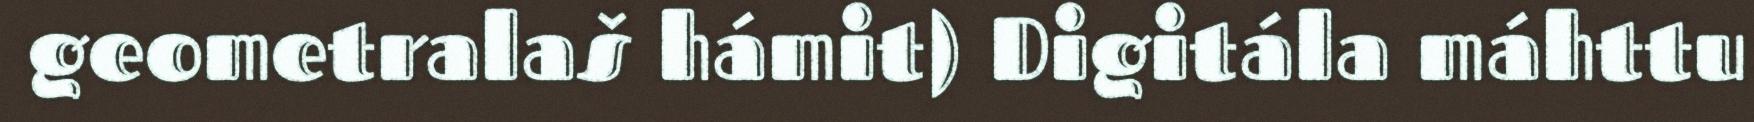
geometralaš hámit) Digitála máhttu